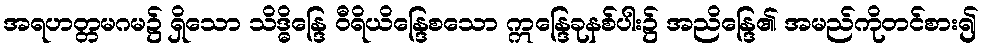
အရဟတ္တမဂမ၌ ရှိသော သိဒ္ဓိန္ဒြေ ဝီရိယိန္ဒြေစသော ဣန္ဒြေခုနစ်ပါး၌ အညိန္ဒြေ၏ အမည်ကိုတင်စား၍